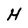
Character: H